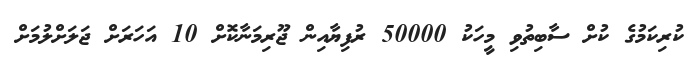
ކުރިކަމުގެ ކުށް ސާބިތުވި މީހަކު 50000 ރުފިޔާއިން ޖޫރިމަނާކޮށް 10 އަހަރަށް ޖަލަށްލުމަށް